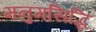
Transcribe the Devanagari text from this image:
मनुमसिद्धि